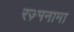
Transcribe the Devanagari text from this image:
रज़्मनामा